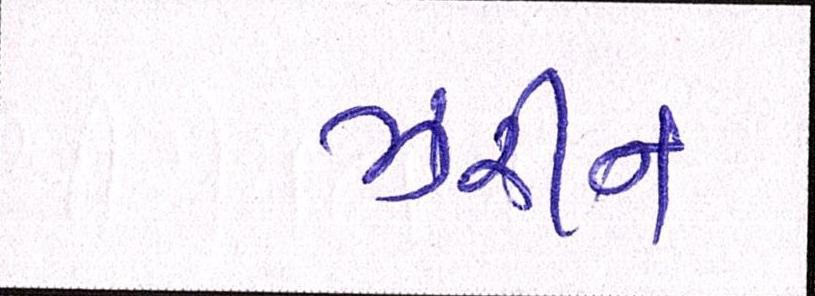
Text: ઝરીન